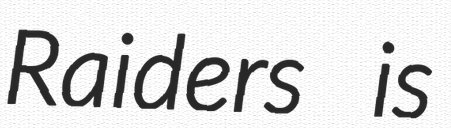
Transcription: Raiders is